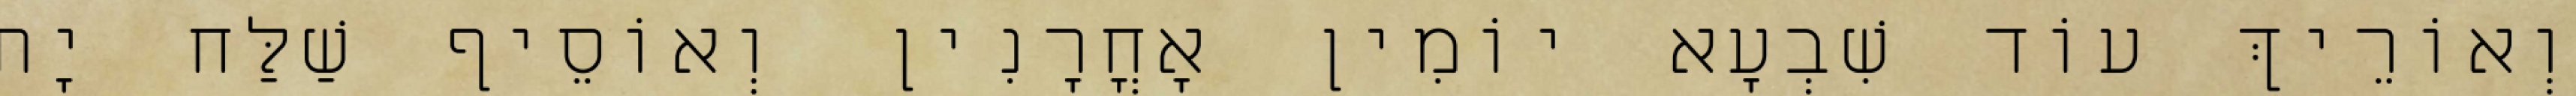
וְאוֹרֵיךְ עוֹד שִׁבְעָא יוֹמִין אָחֳרָנִין וְאוֹסֵיף שַׁלַּח יָת